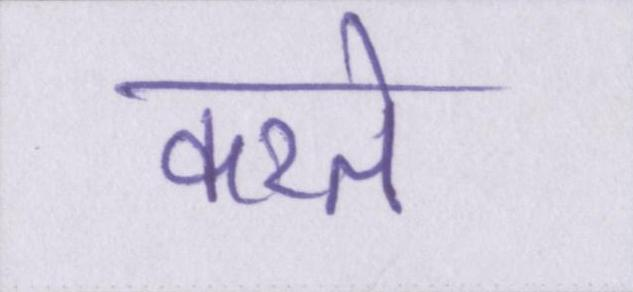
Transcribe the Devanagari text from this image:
करते